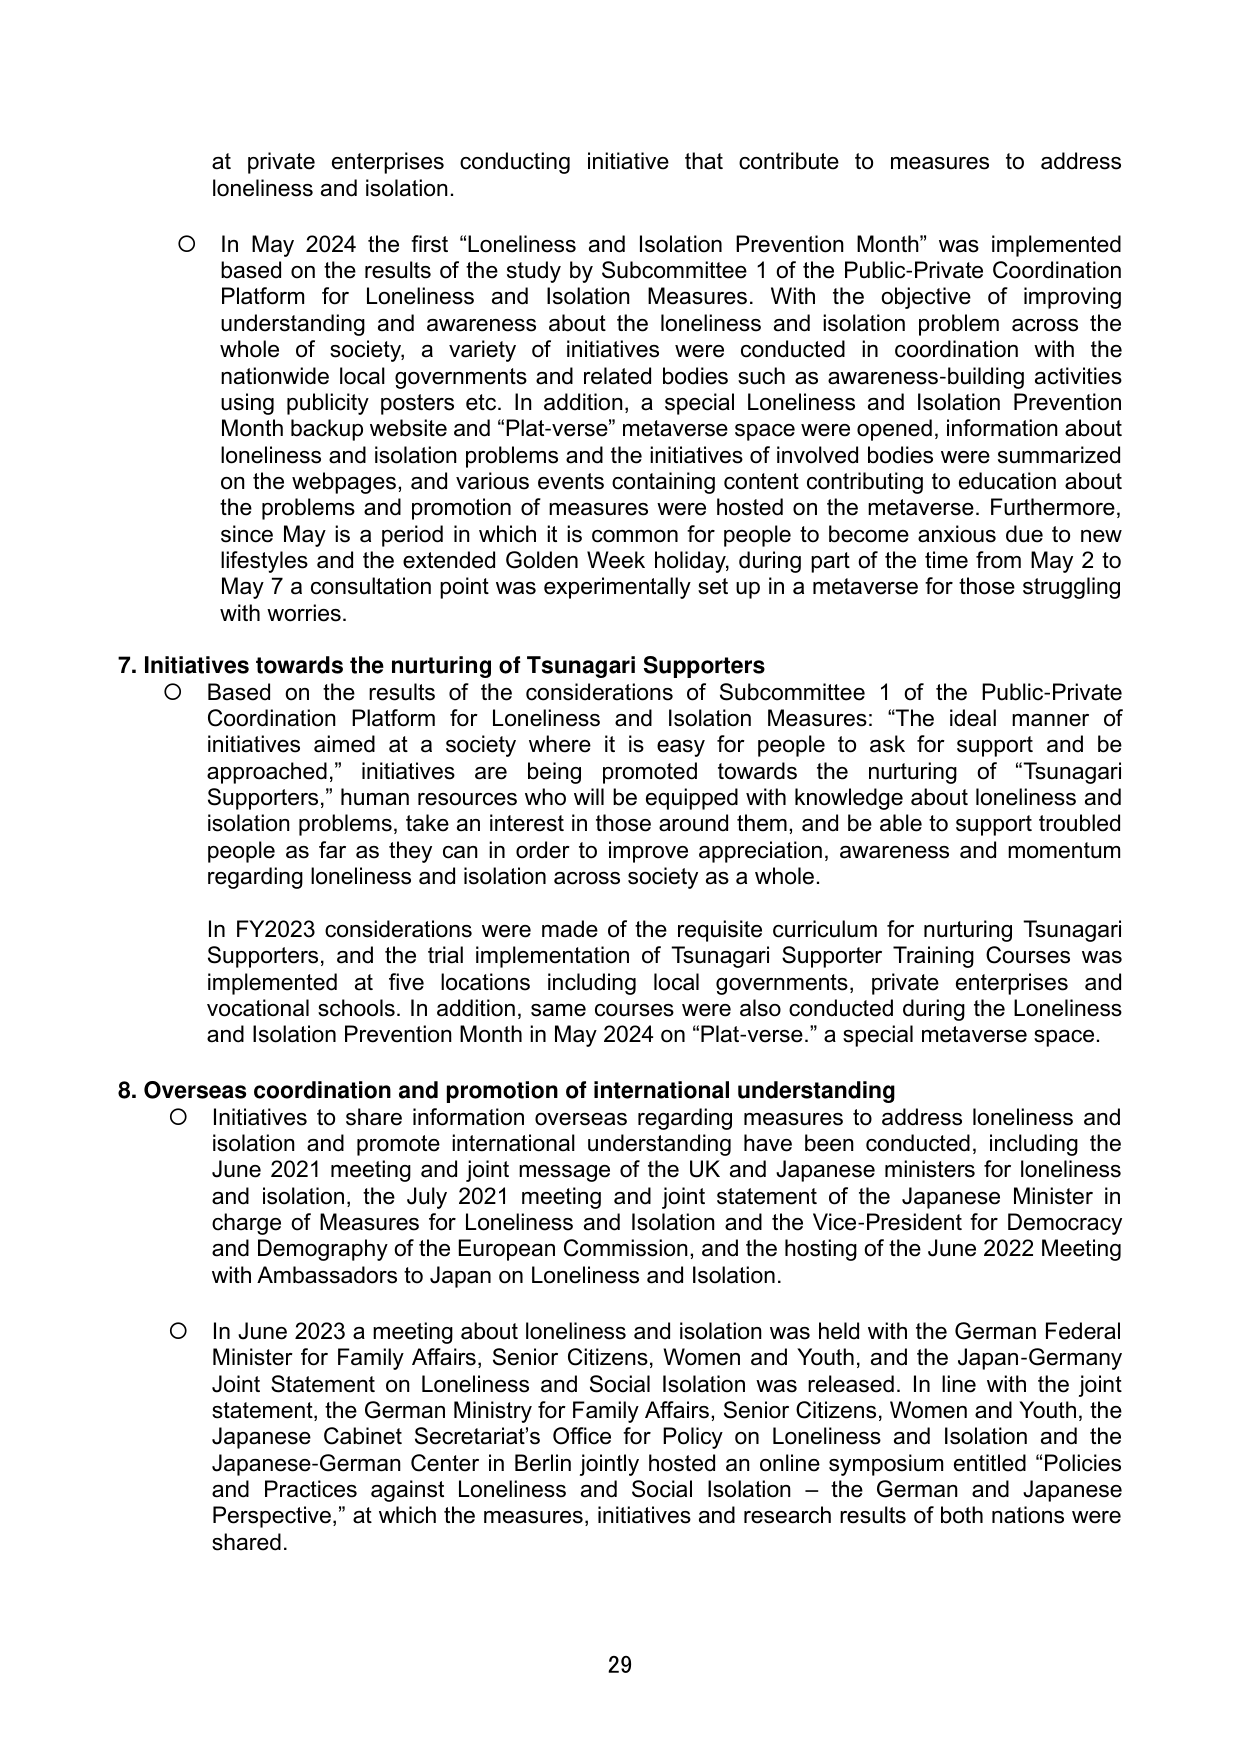
at private enterprises conducting initiative that contribute to measures to address loneliness and isolation.

○ In May 2024 the first “Loneliness and Isolation Prevention Month” was implemented based on the results of the study by Subcommittee 1 of the Public-Private Coordination Platform for Loneliness and Isolation Measures. With the objective of improving understanding and awareness about the loneliness and isolation problem across the whole of society, a variety of initiatives were conducted in coordination with the nationwide local governments and related bodies such as awareness-building activities using publicity posters etc. In addition, a special Loneliness and Isolation Prevention Month backup website and “Plat-verse” metaverse space were opened, information about loneliness and isolation problems and the initiatives of involved bodies were summarized on the webpages, and various events containing content contributing to education about the problems and promotion of measures were hosted on the metaverse. Furthermore, since May is a period in which it is common for people to become anxious due to new lifestyles and the extended Golden Week holiday, during part of the time from May 2 to May 7 a consultation point was experimentally set up in a metaverse for those struggling with worries.

7. Initiatives towards the nurturing of Tsunagari Supporters
○ Based on the results of the considerations of Subcommittee 1 of the Public-Private Coordination Platform for Loneliness and Isolation Measures: “The ideal manner of initiatives aimed at a society where it is easy for people to ask for support and be approached,” initiatives are being promoted towards the nurturing of “Tsunagari Supporters,” human resources who will be equipped with knowledge about loneliness and isolation problems, take an interest in those around them, and be able to support troubled people as far as they can in order to improve appreciation, awareness and momentum regarding loneliness and isolation across society as a whole.

In FY2023 considerations were made of the requisite curriculum for nurturing Tsunagari Supporters, and the trial implementation of Tsunagari Supporter Training Courses was implemented at five locations including local governments, private enterprises and vocational schools. In addition, same courses were also conducted during the Loneliness and Isolation Prevention Month in May 2024 on “Plat-verse,” a special metaverse space.

8. Overseas coordination and promotion of international understanding
○ Initiatives to share information overseas regarding measures to address loneliness and isolation and promote international understanding have been conducted, including the June 2021 meeting and joint message of the UK and Japanese ministers for loneliness and isolation, the July 2021 meeting and joint statement of the Japanese Minister in charge of Measures for Loneliness and Isolation and the Vice-President for Democracy and Demography of the European Commission, and the hosting of the June 2022 Meeting with Ambassadors to Japan on Loneliness and Isolation.

○ In June 2023 a meeting about loneliness and isolation was held with the German Federal Minister for Family Affairs, Senior Citizens, Women and Youth, and the Japan-Germany Joint Statement on Loneliness and Social Isolation was released. In line with the joint statement, the German Ministry for Family Affairs, Senior Citizens, Women and Youth, the Japanese Cabinet Secretariat’s Office for Policy on Loneliness and Isolation and the Japanese-German Center in Berlin jointly hosted an online symposium entitled “Policies and Practices against Loneliness and Social Isolation – the German and Japanese Perspective,” at which the measures, initiatives and research results of both nations were shared.

29